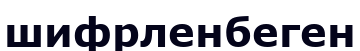
шифрленбеген